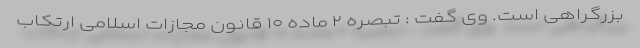
بزرگراهی است. وی گفت : تبصره ۲ ماده ۱۰ قانون مجازات اسلامی ارتکاب